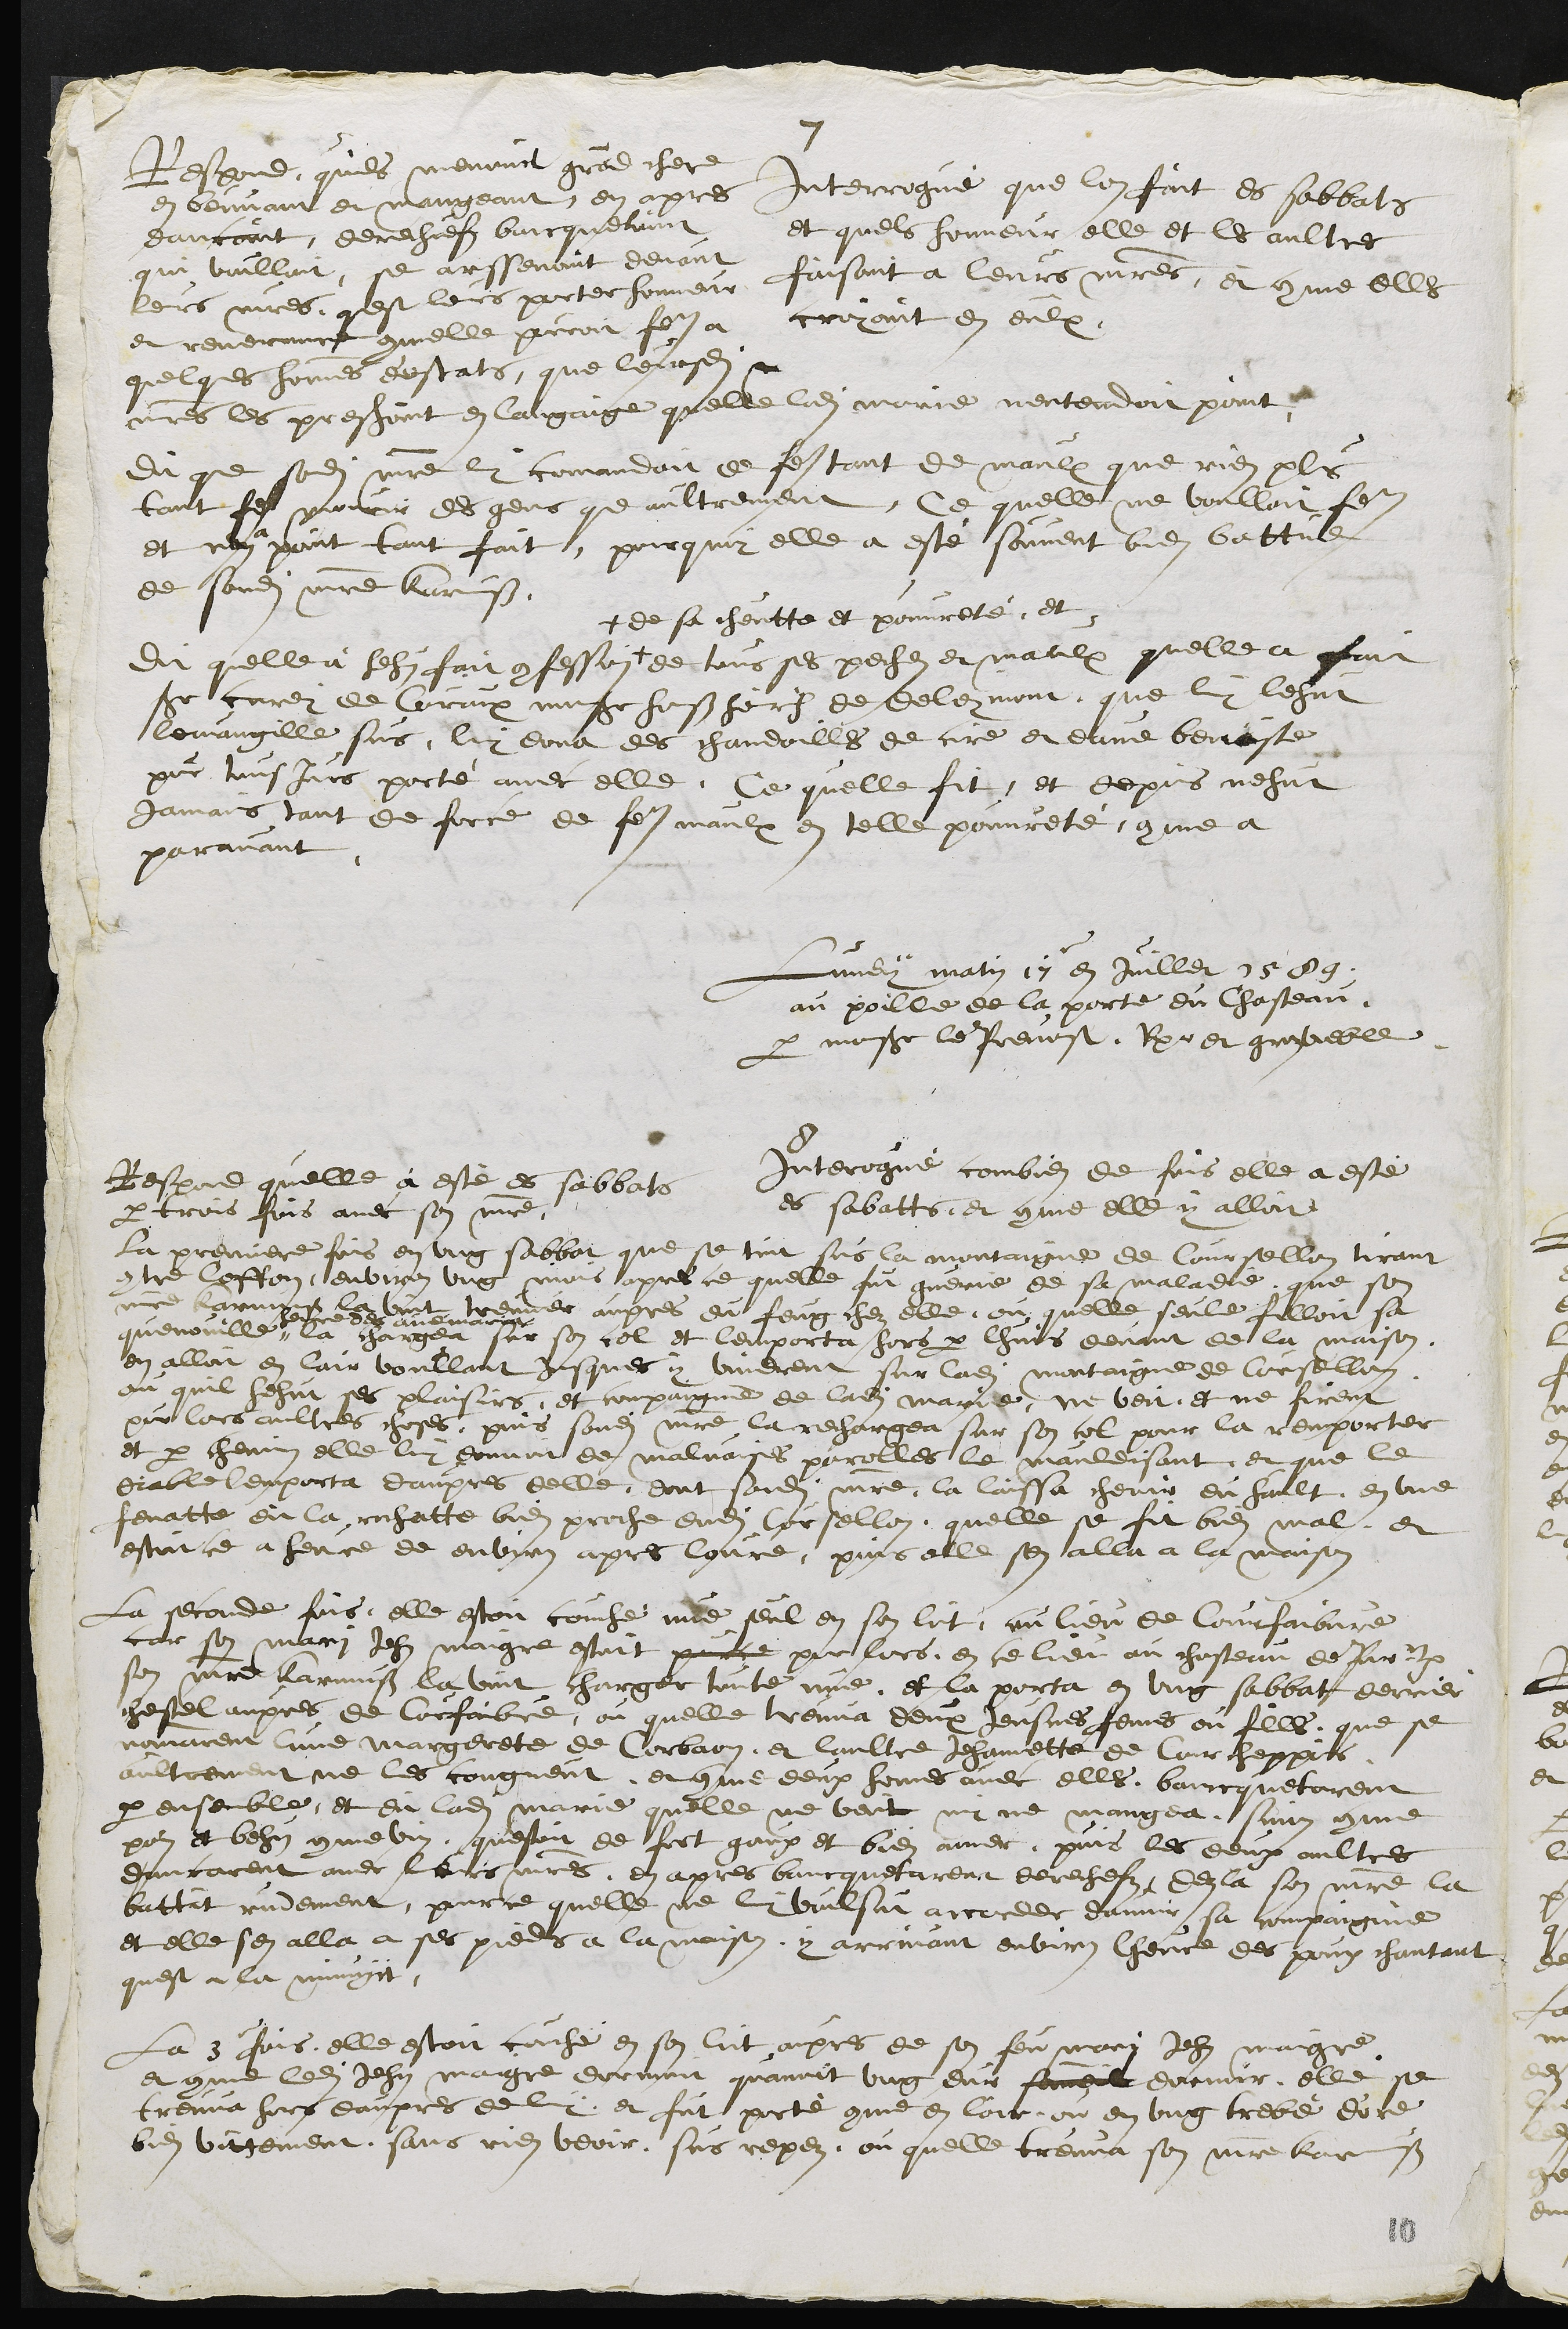
7
Interrogue que lon fait es sabbats
et quels honneur elle et les aultres
faisoint a leurs maitres, et comme elles
croyoint en eulx
Respond, quils menoint grand chere
en beuvant et mangeant, en apres
dancant, derechiefz bancquetoint
qui voulloit, se arssenoint devant
lors maitres, quest leurs porter honneur
et reverrance commelle pouroit faire a
quelques hommes destats que leursdits
maitres les pressoint en langaige quelle ladite marie nentendoit point
Dit que sondit maitre la commandoit de faire de maulx que rien plus
tant faire mourir des gens que aultrement, ce quelle ne voulloit faire
et nen a point tant fait, pourquoy elle a esté souvent bien battue
de sondit maitre Karmuss
dit quelle a hehus fait confession +
+ de sa cheutte et pouvreté, et
de tous ses peches et maulx quelle a fait
sieur Curey de Couroux monsieur Hanss Heinrich de Deleymont, que luy lehut
levangille sus, le dona des chandoilles de cire et eaue beniste
pour tousjours porté avec elle. Ce quelle fit, et depuis nehut
jamais tant de force de faire maulx en telle pouvreté, comme a
paravant.

Lundy matin 17 en juillet 1589
au poille de la porte du Chasteau,
par monsieur le Prevost, Rpr et groz voeble
8
Interrogué combien de fois elle a esté
es sabatts, et comme elle y alloit
Respond quelle à esté es sabbats
par trois fois avec son maitre,
la premiere fois en ung sabbat que se tint sus la montaigne de Coursellon tirant
contre Loffon environ ung mois apres ce quelle fut guerie de sa maladie que son
maitre Karmuss la vint treuver aupres du feug chez elle, ou quelle seule filloit sa
quenouille #
# heure des avemaria
la chargea sur son col et lemporta hors par lhuis devant de la maison
en alloit en lair voullant jusques y vindrent sur ladite montaigne de Coursellon,
ou quil hehut ses plaisirs, et compaignie de ladite Marie, ne veit et ne firent
pour lors aultres choses, puis sondit maitre la rechargea sur son col pour la remporter
et par chemin elle luy donnoit de malvaises parolles le mauldisant, et que le
diable lemporta daupres delle dont sondit maitre la laissa cheoir du hault en une
fenatte dit la rochatte bien proche dudit Coursellon, quelle se fit bien mal, et
estant ce a heure de environ apres louvre, puis elle sen alla a la maison
La seconde fois, elle estoit couche nue seul en son lit, au lieu de Courfaibvre
car son mari Jehan maigre estoit porce pour lors, en ce lieu au chasteau de Pourrentruy
son maitre Karmuss la vint charger toute nue, et la porta en ung sabbat derrier
chestel aupres de Courfaibre, ou quelle treuva deux Jeusnes femmes ou filles, que se
nomarent lune margerete de Corbaon et laultre Jehannette de Courcheppois
aultrement ne les congneut et comme deux homes avec elles bancquetarent
par ensemble, et dit ladite Marie quelle ne beut ny ne mangea sinon comme
pain et behus comme vin questoit de fort goux et bien amer, puis les deux aultres
dancarent avec leurs maitres, en apres bancquetarent derechefz, de la son maitre la
battit rudement, pour ce quelle ne luy vulsut accorder davoir sa compaignie
et elle sen alla a ses pieds a la maison y arrivant environ lheure des poux chantant
quest a la minuyt
la 3e fois elle estoit cache en son lit aupres de son feu mari Jehan maigre
et comme ledit Jehan maigre dormoit quavoit ung dur someil dormir, elle se
treuva hors daupres de luy et fut porté comme en lair, ou en ung trebé dore
bien vittement, sans rien veoir sus repez, ou quelle treuva son maitre Karmuss

10